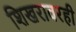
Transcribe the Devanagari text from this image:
शिखरावरही